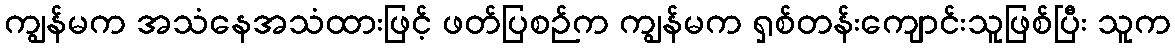
ကျွန်မက အသံနေအသံထားဖြင့် ဖတ်ပြစဉ်က ကျွန်မက ရှစ်တန်းကျောင်းသူဖြစ်ပြီး သူက